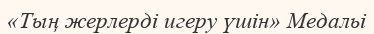
«Тың жерлерді игеру үшін» Медальі